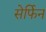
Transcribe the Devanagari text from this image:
सेर्फिन